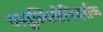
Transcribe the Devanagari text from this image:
वस्तुस्थितीनिदर्शक